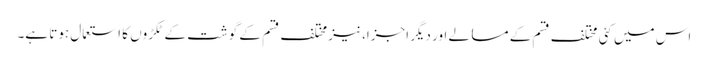
اس میں کئی مختلف قسم کے مسالے اور دیگر اجزا، نیز مختلف قسم کے گوشت کے ٹکڑوں کا استعمال ہوتا ہے۔